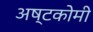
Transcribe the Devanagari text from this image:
अष्टकोमी